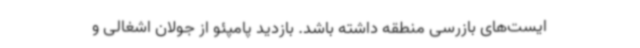
ایست‌های بازرسی منطقه داشته باشد. بازدید پامپئو از جولان اشغالی و